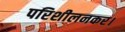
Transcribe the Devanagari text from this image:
परिशीलनकर।